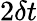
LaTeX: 2\delta t